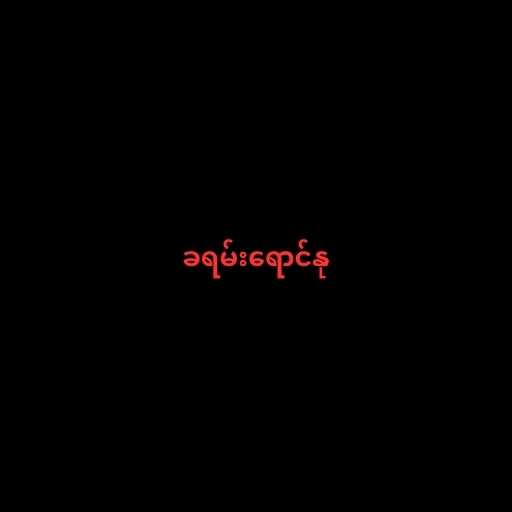
ခရမ်းရောင်နု